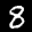
Label: 8